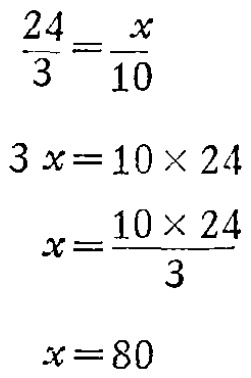
\[\begin{align*}
\frac{24}{3}&=\frac{x}{10}\\
3x&=10\times24\\
x&=\frac{10\times24}{3}\\
x&=80
\end{align*}\]